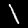
Digit: 1